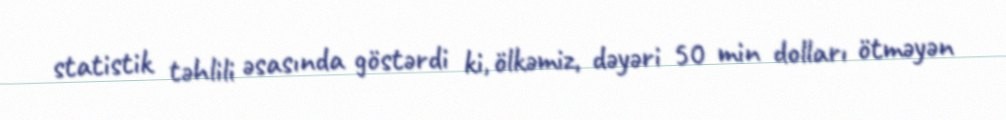
statistik təhlili əsasında göstərdi ki, ölkəmiz, dəyəri 50 min dolları ötməyən